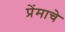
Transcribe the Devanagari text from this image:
प्रेंमाचे